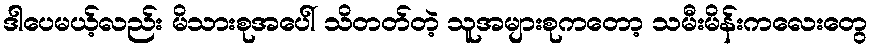
ဒါပေမယ့်လည်း မိသားစုအပေါ် သိတတ်တဲ့ သူအများစုကတော့ သမီးမိန်းကလေးတွေ